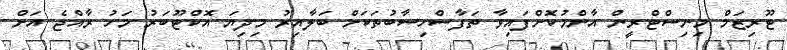
ޓޫރިޒަމް މިނިސްޓްރީން އާންމުކޮށްފައިވާ ތަފާސްހިސާބުތަކަށް ބަލާއިރު މިދިޔަ އޮކްޓޫބަރު މަހު ރާއްޖެ އަށް